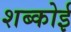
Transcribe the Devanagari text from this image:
शब्कोई